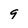
Character: 9